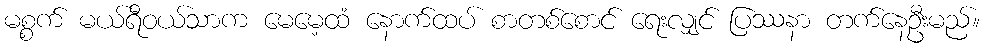
မစ္စက် မယ်ရီဝယ်သာက မေမေ့ထံ နောက်ထပ် စာတစ်စောင် ရေးလျှင် ပြဿနာ တက်နေဦးမည်။